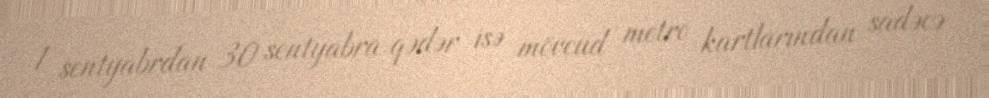
1 sentyabrdan 30 sentyabra qədər isə mövcud metro kartlarından sadəcə